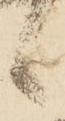
候